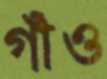
গাঁও